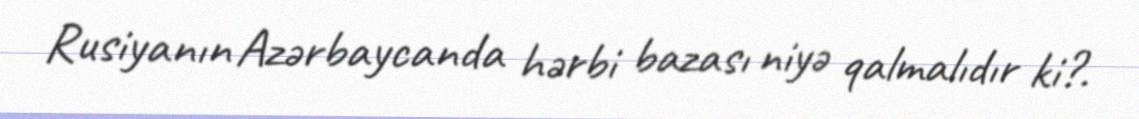
Rusiyanın Azərbaycanda hərbi bazası niyə qalmalıdır ki?.